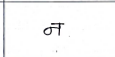
मजकूर: न